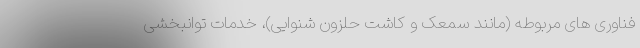
فناوری های مربوطه (مانند سمعک و کاشت حلزون شنوایی)، خدمات توانبخشی